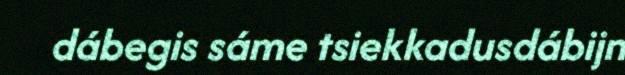
dábegis sáme tsiekkadusdábijn